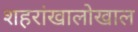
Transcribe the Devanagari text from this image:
शहरांखालोखाल